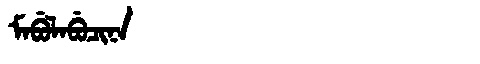
Manchu: ᠮᠠᠪᡠᠯᠠᠪᡠᠴᡳᠨᠠ
Romanization: MABULABUCINA